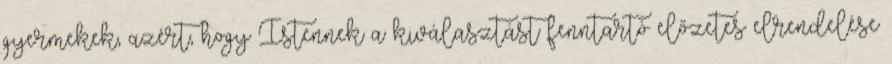
gyermekek, azért, hogy Istennek a kiválasztást fenntartó előzetes elrendelése